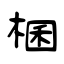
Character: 棞